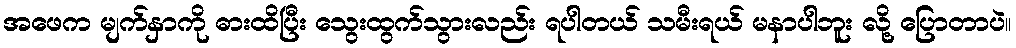
အဖေက မျက်နှာကို ဓားထိပြီး သွေးထွက်သွားလည်း ရပါတယ် သမီးရယ် မနာပါဘူး လို့ ပြောတာပဲ။